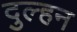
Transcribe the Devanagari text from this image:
दुल्‍हन